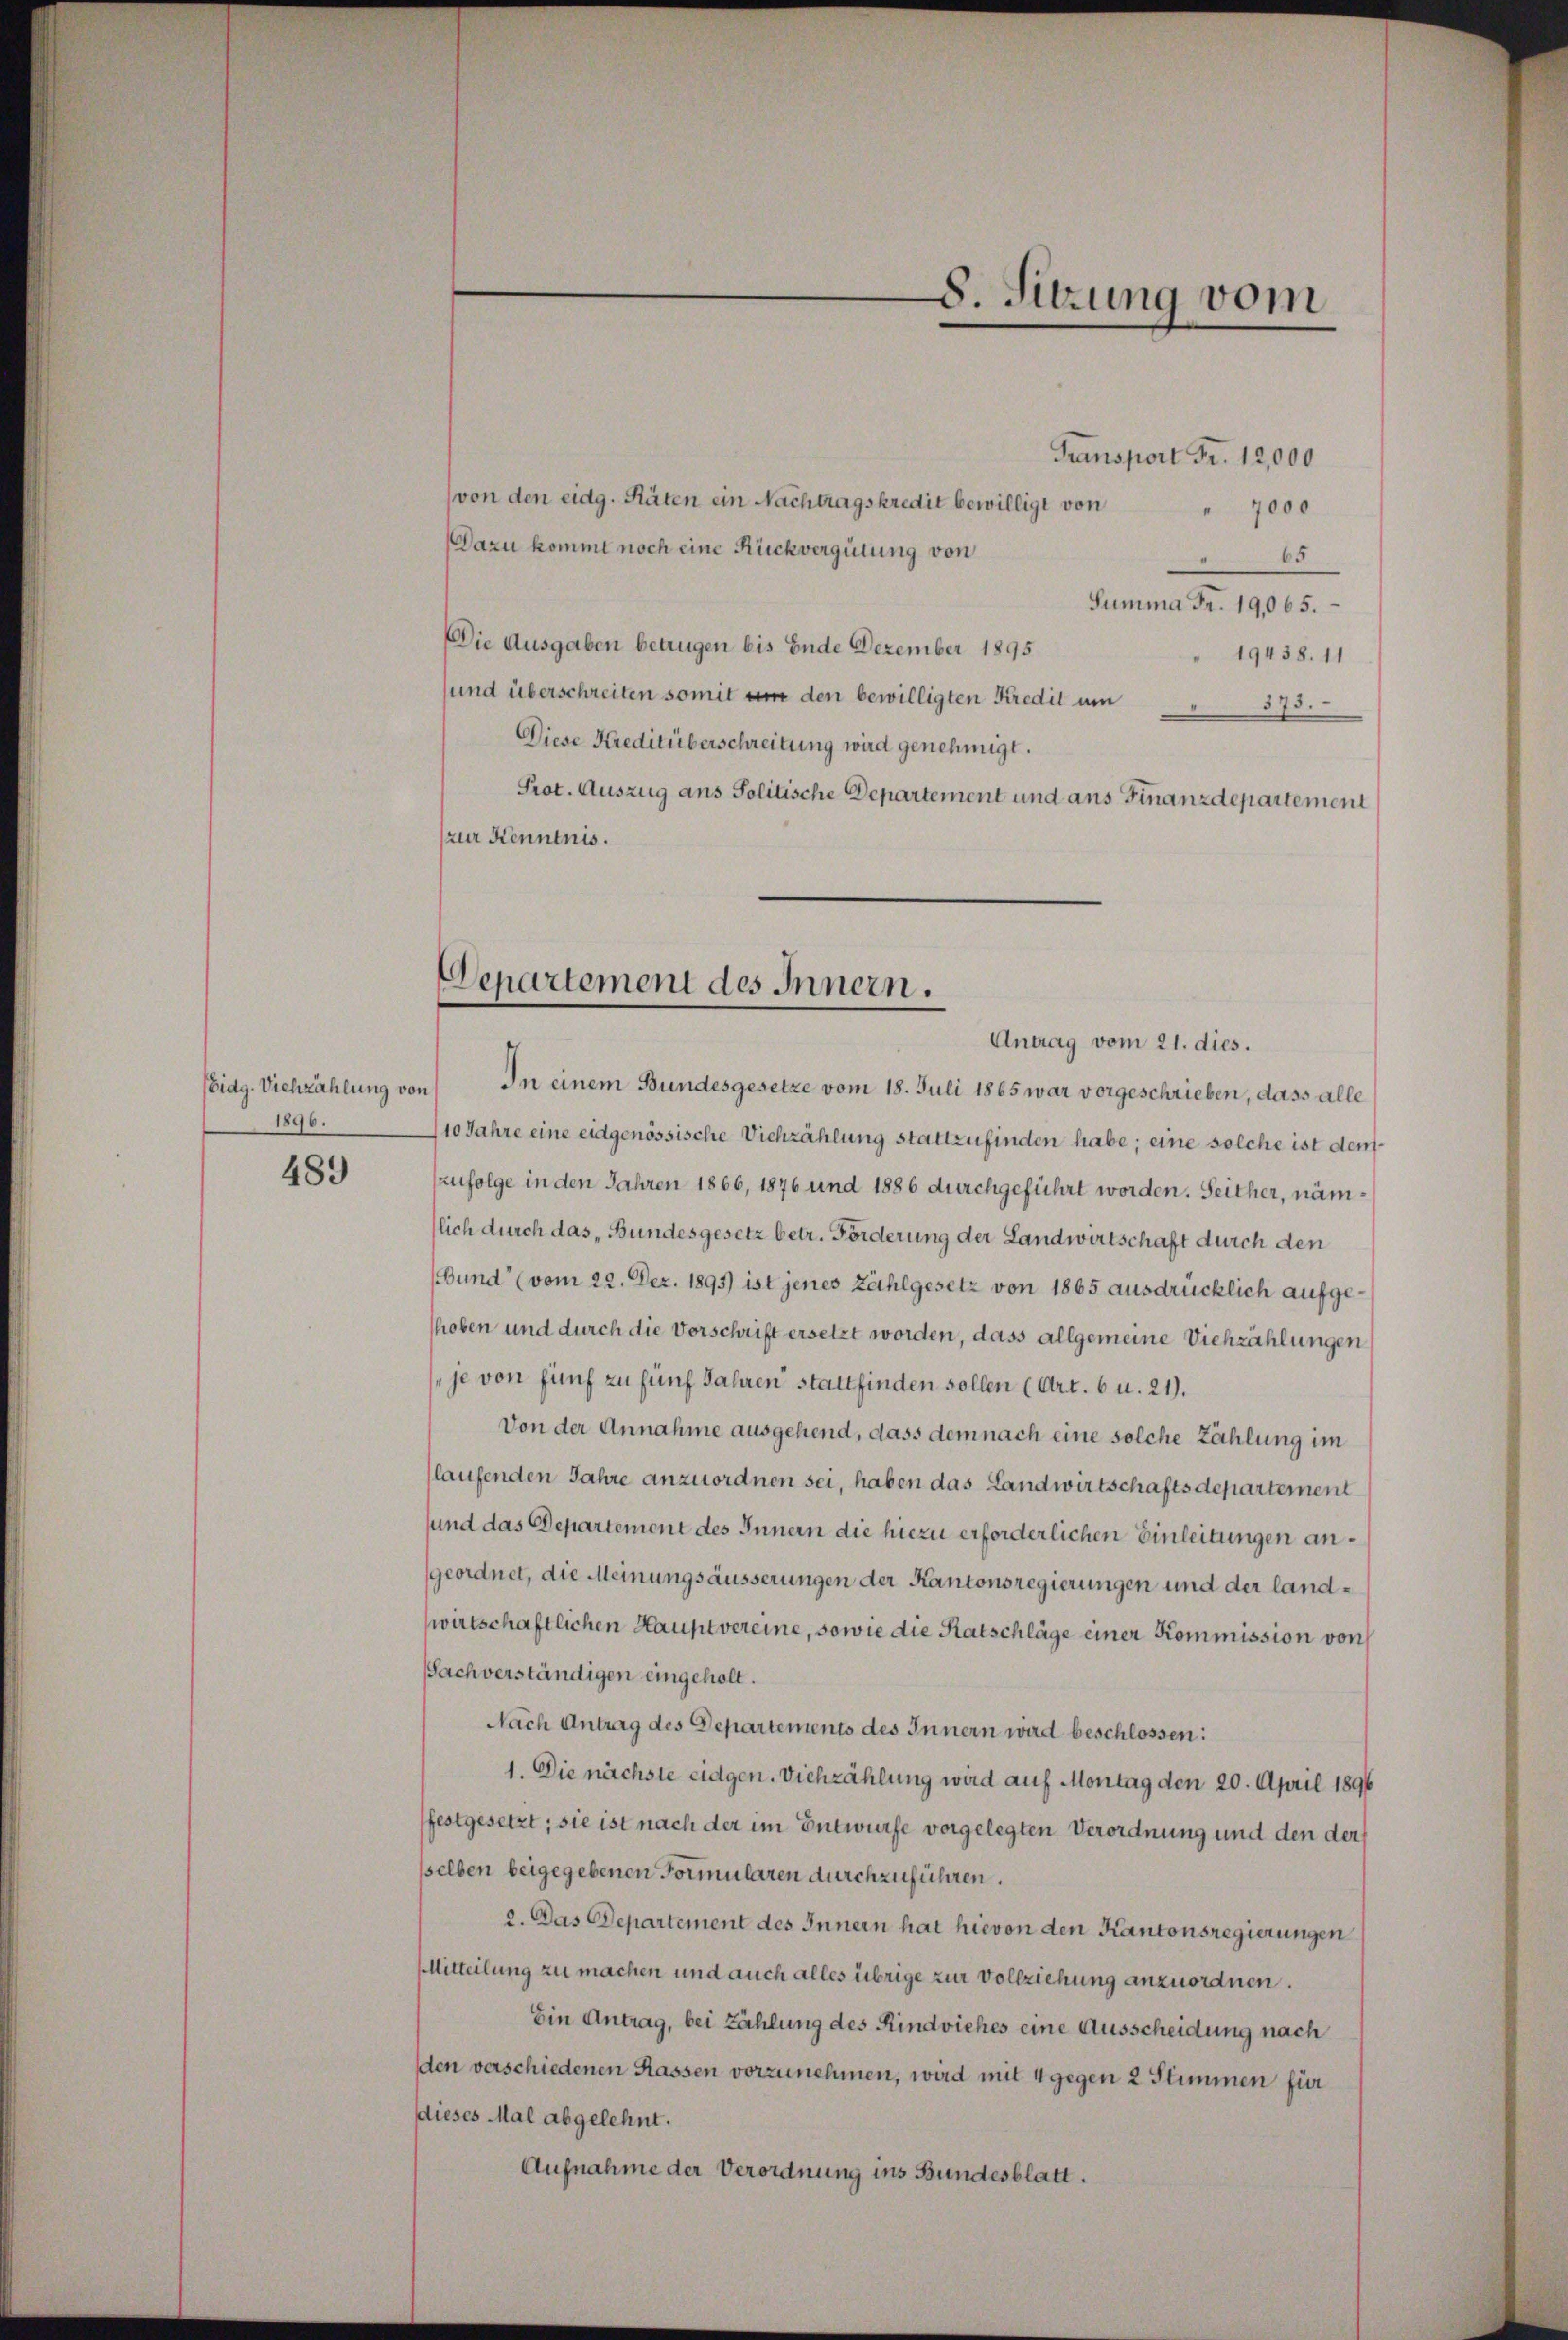
1896.

489

Transport Fr. 12,000
von den eidg. Räten ein Nachtragskredit bewilligt von
" 7000
Dazu kommt noch eine Rückvergütung von
65
Summa Fr. 19,065.
Die Ausgaben betrugen bis Ende Dezember 1895
19438. 11
sund überschreiten somit um den bewilligten Kredit um
373.
Diese Kreditüberschreitung wird genehmigt.
Prot. Auszug ans Politische Departement und ans Finanzdepartement
zur Kenntnis.

Departement des Innern.

8. Sitzung vom

Antrag vom 21. dies.
(Eidg. Viehzählung von In einem Bundesgesetze vom 18. Juli 1865 war vorgeschrieben, dass alle
110 Jahre eine eidgenössische Viehzählung stattzufinden habe; eine solche ist demzufolge in den Jahren 1866, 1876 und 1886 durchgeführt worden. Seither, nämflich durch das „Bundesgesetz betr. Förderung der Landwirtschaft durch den
(Bund“ (vom 22. Dez. 1895) ist jenes Zahlgesetz von 1865 ausdrücklich aufgehoben und durch die Vorschrift ersetzt worden, dass allgemeine Viehzählungen
je von fünf zu fünf Jahren stattfinden sollen (Art. 6 u. 21).
Von der Annahme ausgehend, dass dem nach eine solche Zahlung im
laufenden Jahre anzuordnen sei, haben das Landwirtschaftsdepartement
sund das Departement des Innern die hiezu erforderlichen Einleitungen angeordnet, die Meinungsäusserungen der Kantonsregierungen und der landwirtschaftlichen Hauptvereine, sowie die Ratschläge einer Kommission von
sachverständigen eingeholt.
Nach Antrag des Departements des Innern wird beschlossen:
1. Die nächste eidgen. Viehzählung wird auf Montag den 20. April 1896
festgesetzt; sie ist nach der im Entwurfe vorgelegten Verordnung und den der
sselben beigegebenen Formularen durchzuführen.
2. Das Departement des Innern hat hievon den Kantonsregierungen
MMitteilung zu machen und auch alles übrige zur Vollziehung anzuordnen.
Ein Antrag, bei Zählung des Rindviehes eine Ausscheidung nach
den verschiedenen Kassen vorzunehmen, wird mit 4 gegen 2 Stimmen für
dieses Mal abgelehnt.
Aufnahme der Verordnung ins Bundesblatt.